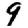
Digit: 9